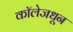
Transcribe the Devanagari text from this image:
कॉलेजधून